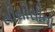
સીસીસીના